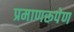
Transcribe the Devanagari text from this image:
प्रमाणरूपेण